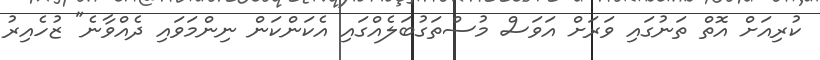
ކުރިއަށް އޮތް ތަނުގައި ވަރަށް އަވަސް މުސްތަގުބަލެއްގައި އެކަންކަން ނިންމަވައި ދެއްވާނެ" ޒުހެއިރު